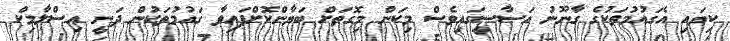
ކިޔައި އެގައުމުތަކުގެ ގާނޫނު އަސާސީގައިވެސް މިކަން މިގޮތަށް ބަޔާންކޮށްފައިވާ ގައުމުތަކުން ދަނީ އިސްލާމިކް